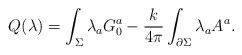
LaTeX: \begin{align*}Q(\lambda) = \int_{\Sigma} \lambda_a G_0^a - {k \over 4\pi}\int_{\partial \Sigma}\lambda_a A^a.\end{align*}